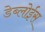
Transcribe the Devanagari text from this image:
डेब्लोईस